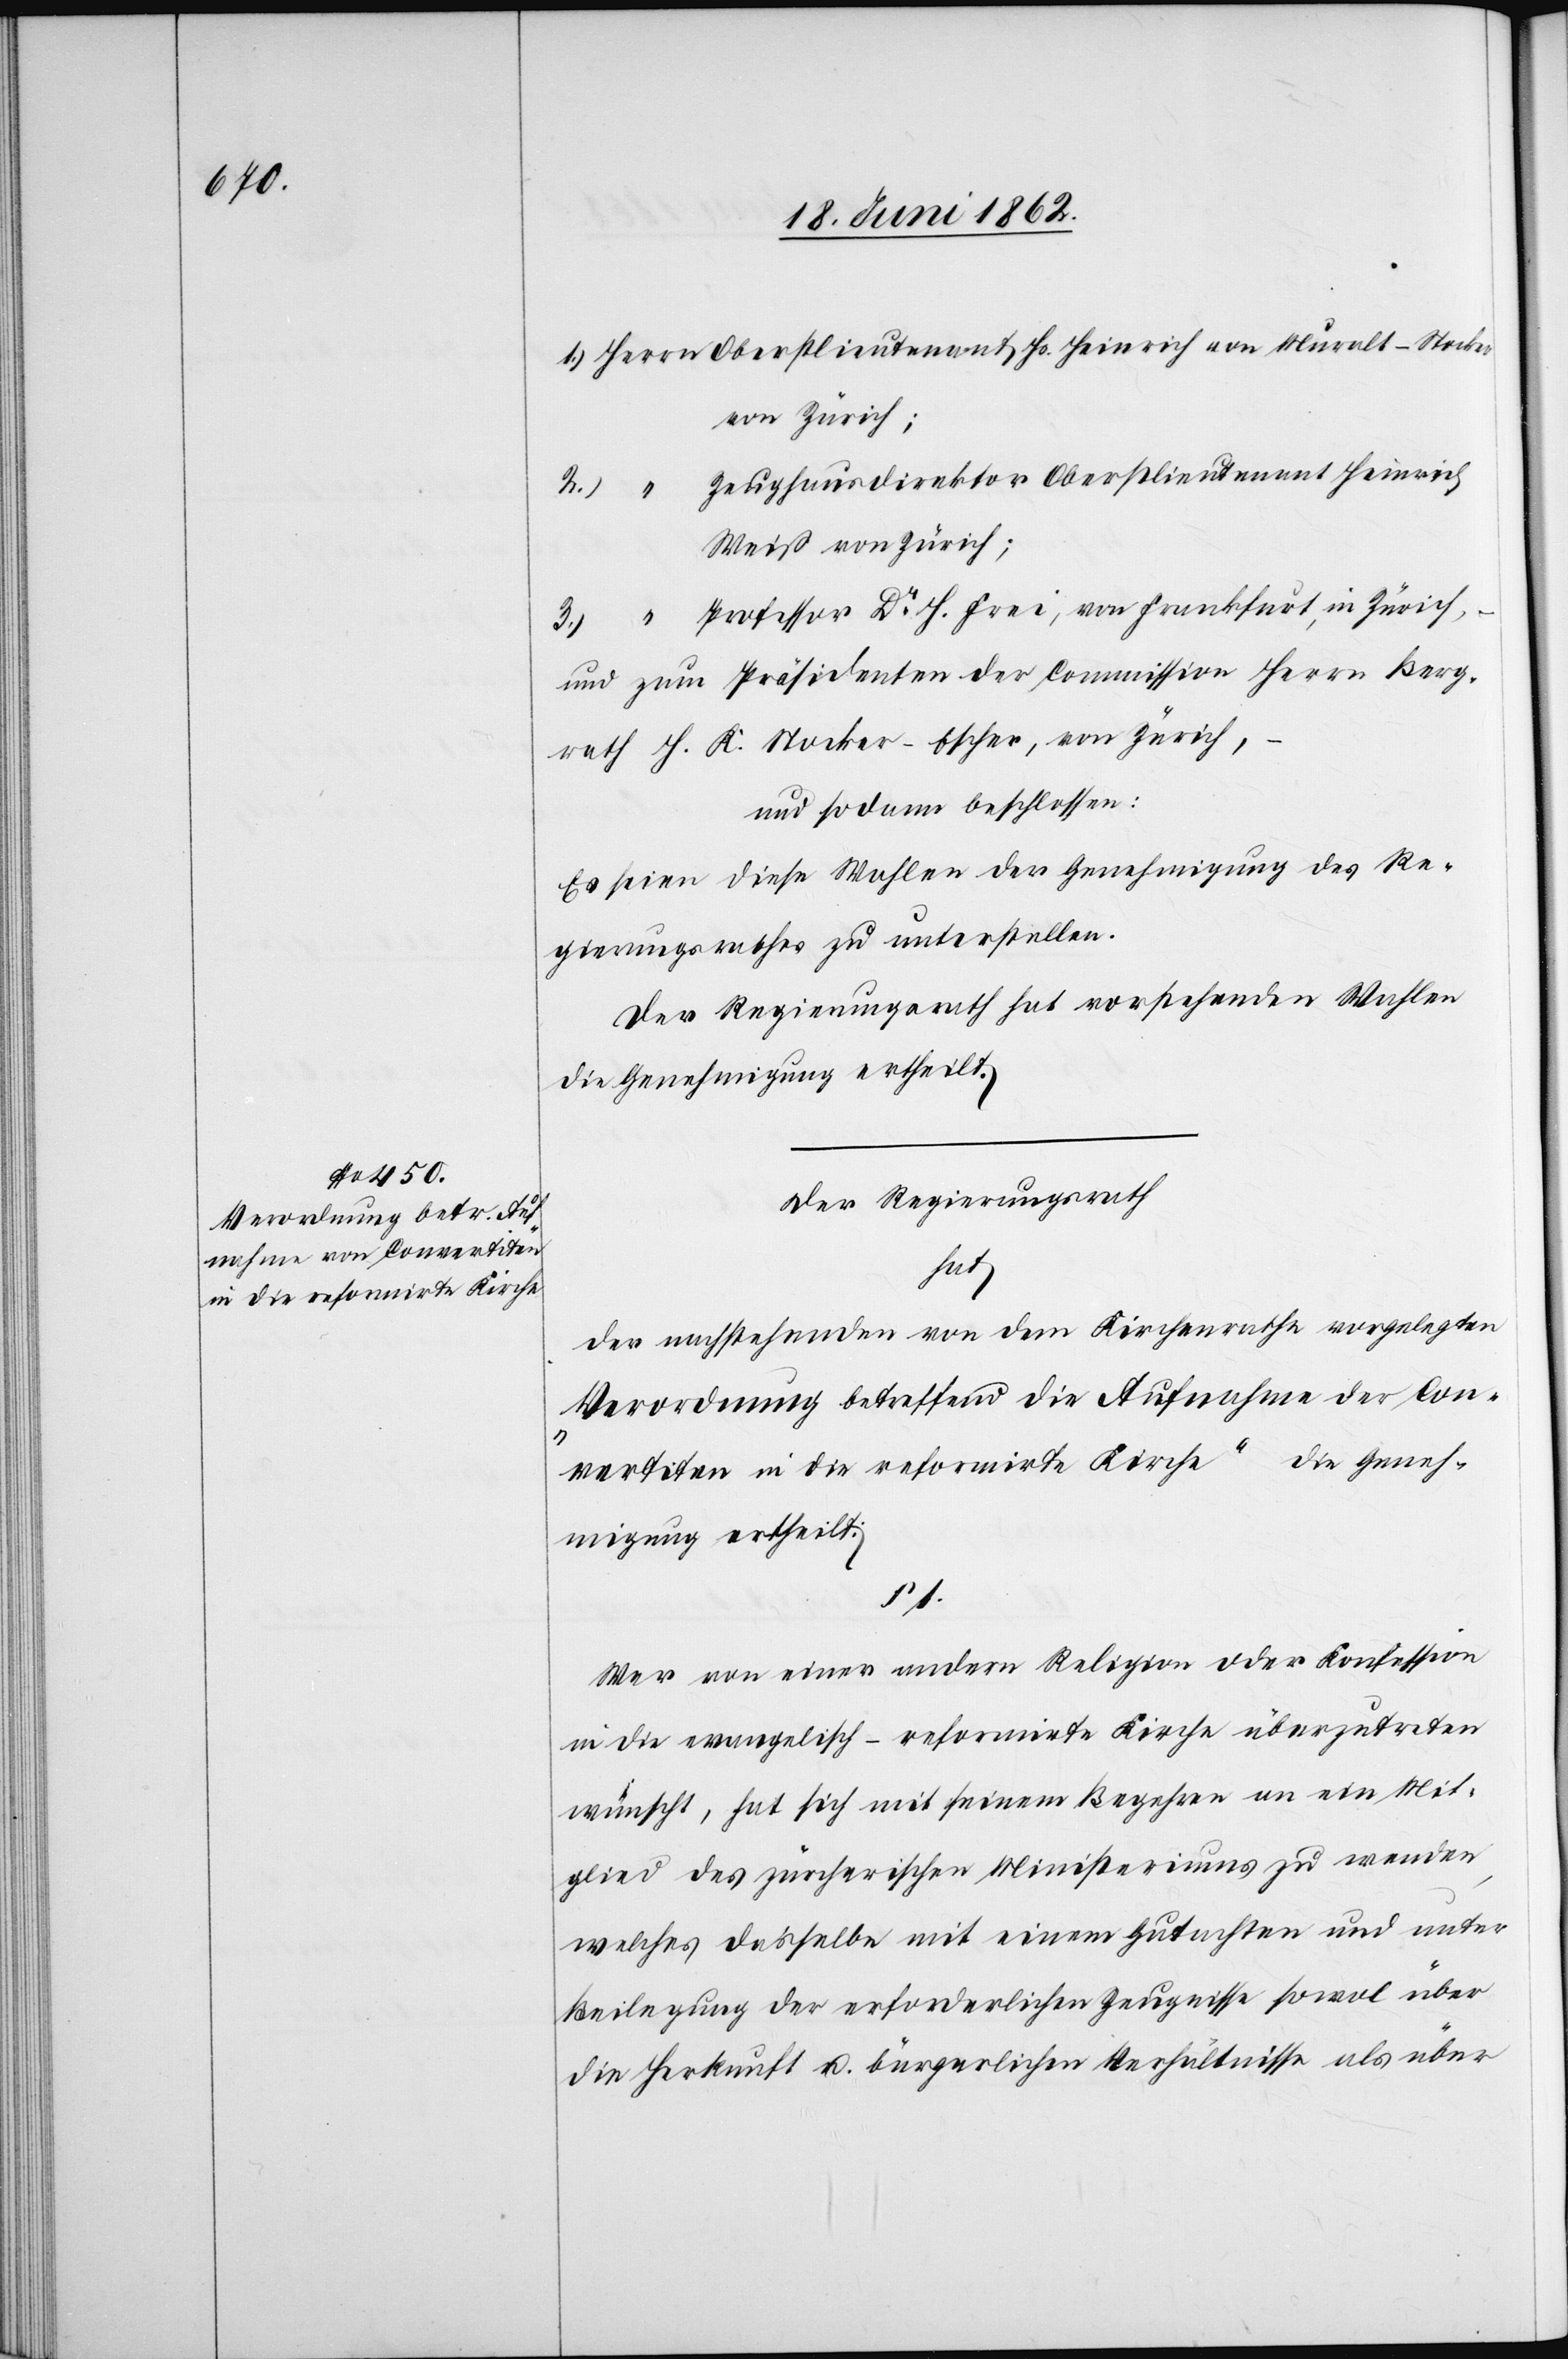
von Zürich;
Zeughausdirektor Oberstlieutenant Heinrich
2.
Weiß von Zürich;
Professor Dr. H. Frei, von Frankfurt, in Zürich,
–
und zum Präsidenten der Commission Herrn Berg¬
rath H. K. Stocker-Escher, von Zürich,
und sodann beschlossen:
Es seien diese Wahlen der Genehmigung des Re¬
gierungsrathes zu unterstellen.
Der Regierungsrath hat vorstehenden Wahlen
die Genehmigung ertheilt.
Der Regierungsrath
hat
der nachstehenden von dem Kirchenrathe vorgelegten
„Verordnung betreffend die Aufnahme der Con¬
vertiten in die reformirte Kirche“ die Geneh¬
migung ertheilt:
1.
Wer von einer andern Religion oder Konfession
in die evangelisch-reformirte Kirche überzutreten
wünscht, hat sich mit seinem Begehren an ein Mit¬
glied des zürcherischen Ministeriums zu wenden,
welches dasselbe mit einem Gutachten und unter
Beilegung der erforderlichen Zeugnisse sowol über
die Herkunft u. bürgerlichen Verhältnisse als über